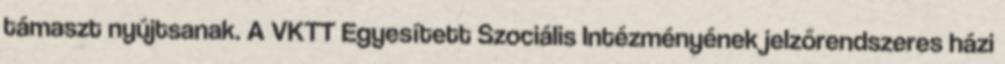
támaszt nyújtsanak. A VKTT Egyesített Szociális Intézményének jelzőrendszeres házi